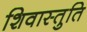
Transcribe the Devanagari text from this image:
शिवास्तुति